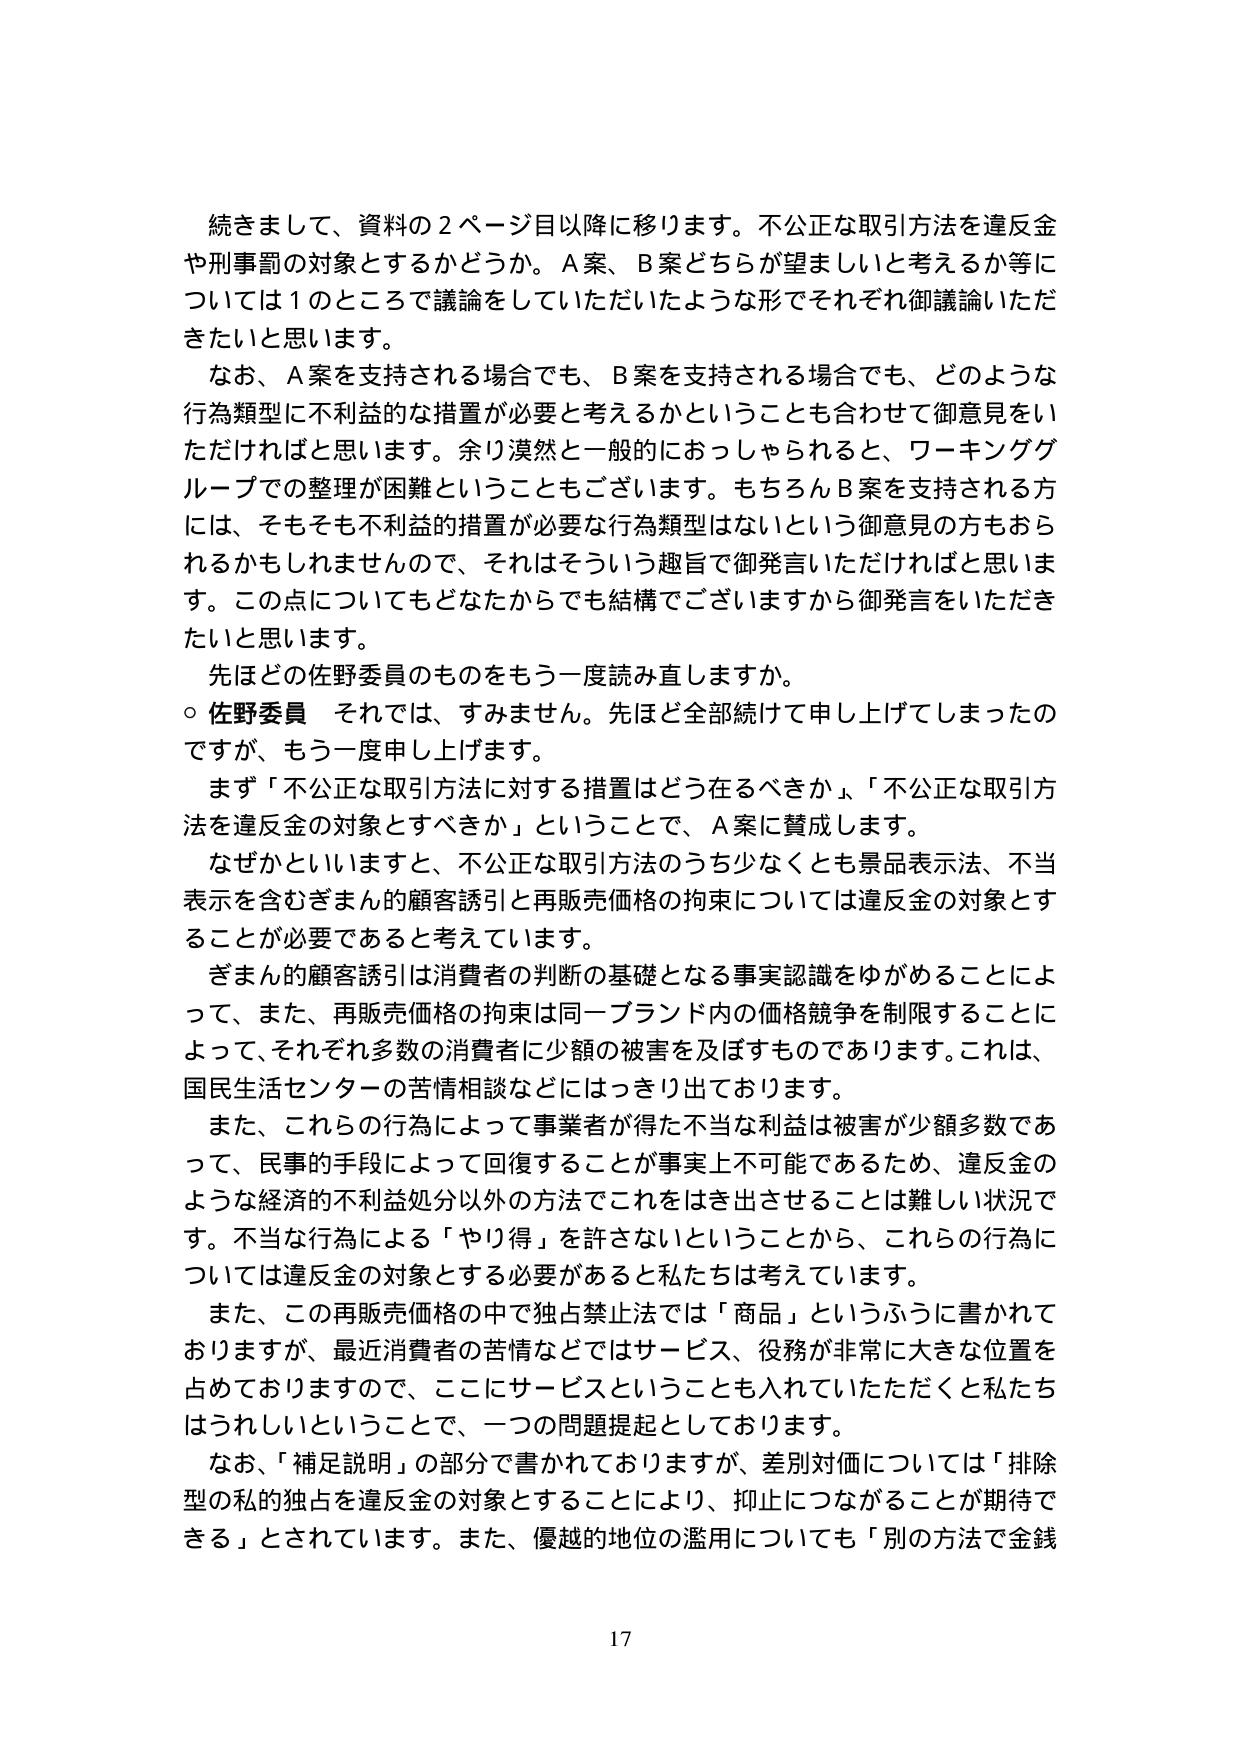
続きまして、資料の２ページ目以降に移ります。不公正な取引方法を違反金や刑事罰の対象とするかどうか。Ａ案、Ｂ案どちらが望ましいと考えるか等については１のところで議論をしていただいたような形でそれぞれ御議論いただきたいと思います。

なお、Ａ案を支持される場合でも、Ｂ案を支持される場合でも、どのような行為類型に不利益的な措置が必要と考えるかということも合わせて御意見をいただければと思います。余り漠然と一般的におっしゃられると、ワーキンググループでの整理が困難ということもございます。もちろんＢ案を支持される方には、そもそも不利益の措置が必要な行為類型はないという御意見の方もおられるかもしれませんが、それはそういう趣旨で御発言いただければと思います。この点についてもどなたからでも結構でございますから御発言をいただきたいと思います。

先ほどどの佐野委員のものをもう一度読み直しますか。

○ 佐野委員　それでは、すみません。先ほど全部続けて申し上げてしまったのですが、もう一度申し上げます。

まず「不公正な取引方法に対する措置はどう在るべきか」、「不公正な取引方法を違反金の対象とすべきか」ということで、Ａ案に賛成します。

なぜかといいますと、不公正な取引方法のうち少なくとも景品表示法、不当表示を含むぎまん的顧客誘引と再販売価格の拘束については違反金の対象とすることが必要であると考えています。

ぎまん的顧客誘引は消費者の判断の基礎となる事実認識をゆがめることによって、また、再販売価格の拘束は同一ブランド内の価格競争を制限することによって、それぞれ多数の消費者に少額の被害を及ぼすものであります。これは、国民生活センターの苦情相談などにはっきり出ております。

また、これらの行為によって事業者が得た不当な利益は被害が少額多数であって、民事的手段によって回復することが事実上不可能であるため、違反金のような経済的不利益処分以外の方法でこれをはき出させることは難しい状況です。不当な行為による「やり得」を許さないということから、これらの行為については違反金の対象とする必要があると私たちは考えています。

また、この再販売価格の中で独占禁止法では「商品」というふうに書かれておりますが、最近消費者の苦情などではサービス、役務が非常に大きな位置を占めておりますので、ここにサービスということも入れていただきたいと私たちはうれしいということで、一つの問題提起としております。

なお、「補足説明」の部分で書かれておりますが、差別対価については「排除型の私的独占を違反金の対象とすることにより、抑止につながることが期待できる」とされています。また、優越的地位の濫用についても「別の方法で金銭

17